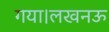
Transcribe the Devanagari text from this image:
गया।लखनऊ